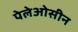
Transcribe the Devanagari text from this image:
पेलेओसीन